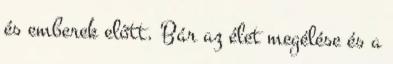
és emberek előtt. Bár az élet megélése és a